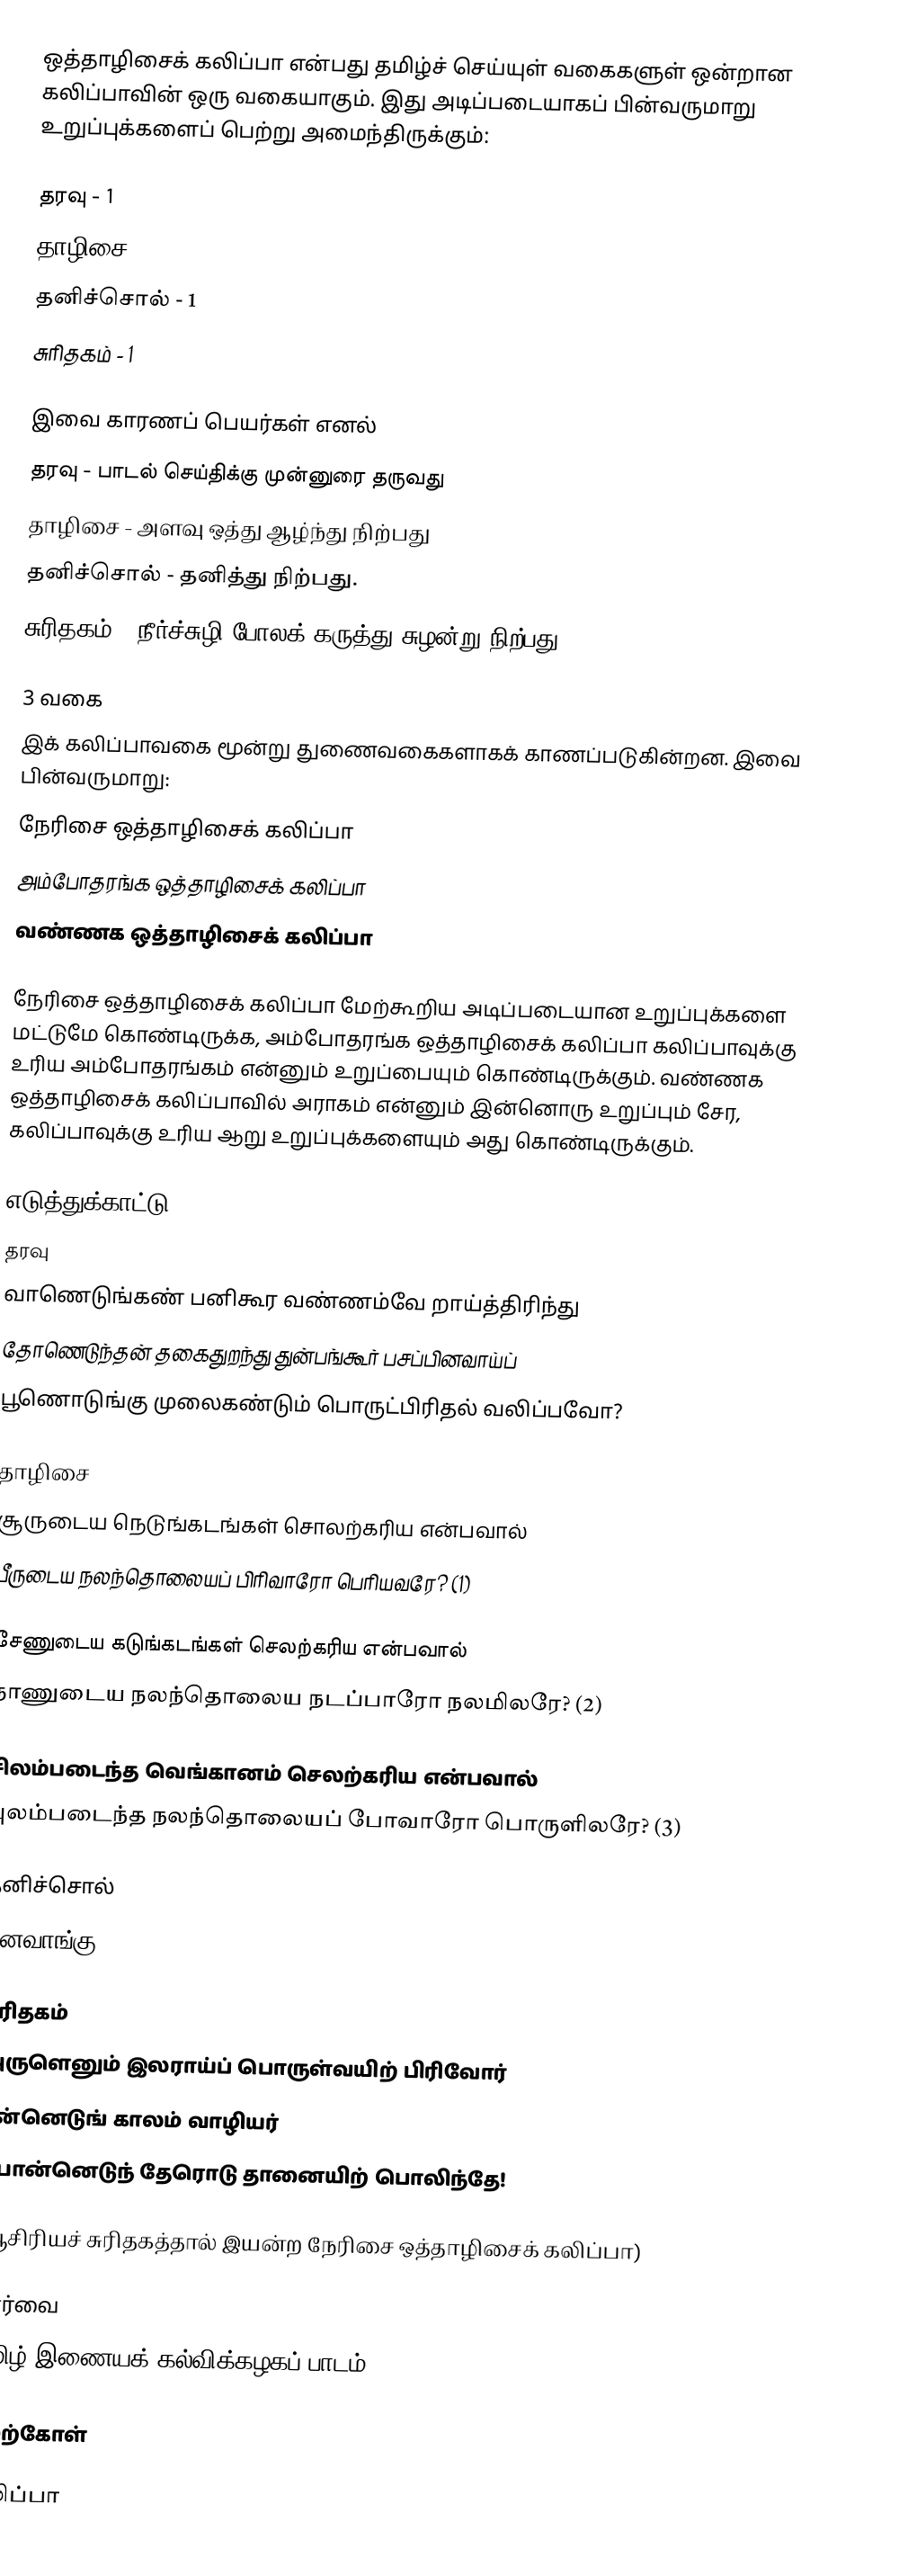
ஒத்தாழிசைக் கலிப்பா என்பது தமிழ்ச் செய்யுள் வகைகளுள் ஒன்றான கலிப்பாவின் ஒரு வகையாகும். இது அடிப்படையாகப் பின்வருமாறு உறுப்புக்களைப் பெற்று அமைந்திருக்கும்:

 தரவு - 1
 தாழிசை - 3
 தனிச்சொல் - 1
 சுரிதகம் - 1

இவை காரணப் பெயர்கள் எனல்
தரவு - பாடல் செய்திக்கு முன்னுரை தருவது
தாழிசை - அளவு ஒத்து ஆழ்ந்து நிற்பது
தனிச்சொல் - தனித்து நிற்பது.
சுரிதகம் - நீர்ச்சுழி போலக் கருத்து சுழன்று நிற்பது

3 வகை
இக் கலிப்பாவகை மூன்று துணைவகைகளாகக் காணப்படுகின்றன. இவை பின்வருமாறு:
 நேரிசை ஒத்தாழிசைக் கலிப்பா
 அம்போதரங்க ஒத்தாழிசைக் கலிப்பா
 வண்ணக ஒத்தாழிசைக் கலிப்பா

நேரிசை ஒத்தாழிசைக் கலிப்பா மேற்கூறிய அடிப்படையான உறுப்புக்களை மட்டுமே கொண்டிருக்க, அம்போதரங்க ஒத்தாழிசைக் கலிப்பா கலிப்பாவுக்கு உரிய அம்போதரங்கம் என்னும் உறுப்பையும் கொண்டிருக்கும். வண்ணக ஒத்தாழிசைக் கலிப்பாவில் அராகம் என்னும் இன்னொரு உறுப்பும் சேர, கலிப்பாவுக்கு உரிய ஆறு உறுப்புக்களையும் அது கொண்டிருக்கும்.

எடுத்துக்காட்டு
தரவு
வாணெடுங்கண் பனிகூர வண்ணம்வே றாய்த்திரிந்து
தோணெடுந்தன் தகைதுறந்து துன்பங்கூர் பசப்பினவாய்ப்
பூணொடுங்கு முலைகண்டும் பொருட்பிரிதல் வலிப்பவோ?

தாழிசை
சூருடைய நெடுங்கடங்கள் சொலற்கரிய என்பவால்
பீருடைய நலந்தொலையப் பிரிவாரோ பெரியவரே?     (1)

சேணுடைய கடுங்கடங்கள் செலற்கரிய என்பவால்
நாணுடைய நலந்தொலைய நடப்பாரோ நலமிலரே?     (2)

சிலம்படைந்த வெங்கானம் செலற்கரிய என்பவால்
புலம்படைந்த நலந்தொலையப் போவாரோ பொருளிலரே?   (3)

தனிச்சொல்
எனவாங்கு

சுரிதகம்
அருளெனும் இலராய்ப் பொருள்வயிற் பிரிவோர்
பன்னெடுங் காலம் வாழியர்
பொன்னெடுந் தேரொடு தானையிற் பொலிந்தே!

(ஆசிரியச் சுரிதகத்தால் இயன்ற நேரிசை ஒத்தாழிசைக் கலிப்பா)

பார்வை
தமிழ் இணையக் கல்விக்கழகப் பாடம்

மேற்கோள்

கலிப்பா